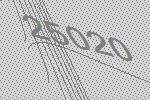
25020